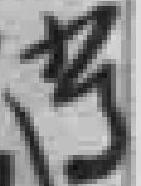
等